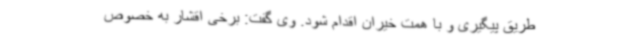
طریق پیگیری و با همت خیران اقدام شود. وی گفت: برخی اقشار به خصوص